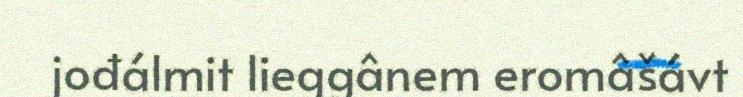
jođálmit lieggânem eromâšávt